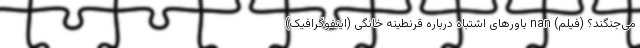
می‌جنگند؟ (فیلم) nan باورهای اشتباه درباره قرنطینه خانگی (اینفوگرافیک)